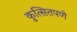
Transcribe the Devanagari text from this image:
कुत्सितपणे